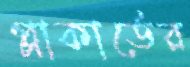
প্লাকার্ডের